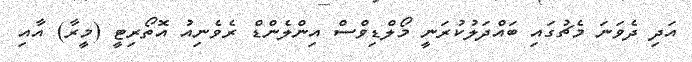
އަދި ދެވަނަ މެޗުގައި ބައްދަލުކުރަނީ މޯލްޑިވްސް އިންލެންޑް ރެވެނިއު އޮތޯރިޓީ (މީރާ) އާއި